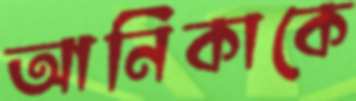
আনিকাকে